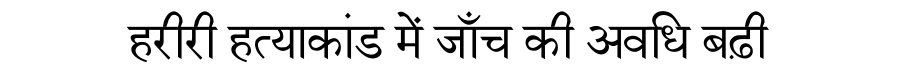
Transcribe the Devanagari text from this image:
हरीरी हत्याकांड में जाँच की अवधि बढ़ी